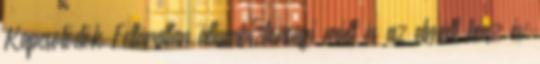
Kapcsolódók Feltáratlan állambiztonsági múlt és az elmúlt húsz év